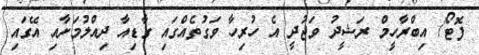
ފޮޓޯ/ އިބްރާހީމް ރަޝީދު ވަޖުދީ އެ ހުރިހާ ވަގުތެއްގައި ގާޑިއާ ދިއްލުމަށާއި އޭގައި